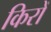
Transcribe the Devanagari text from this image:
किरों